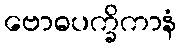
ဗောဓပက္ခိကာနံ